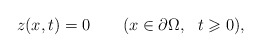
\begin{align*}z(x,t)=0 \qquad(x\in\partial\Omega,\ \ t\geqslant 0),\end{align*}